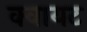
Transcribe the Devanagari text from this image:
क्वायट